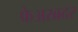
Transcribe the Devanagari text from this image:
फेअरब्रदर